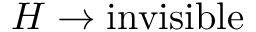
H \rightarrow \mathrm { i n v i s i b l e }